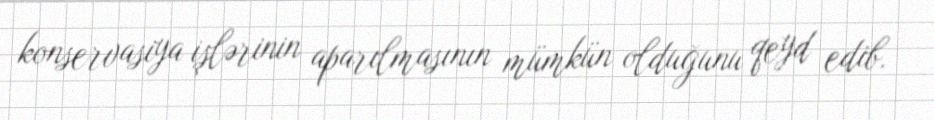
konservasiya işlərinin aparılmasının mümkün olduğunu qeyd edib.